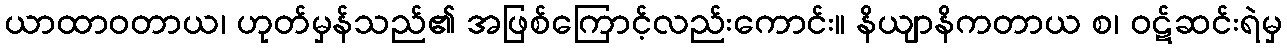
ယာထာဝတာယ၊ ဟုတ်မှန်သည်၏ အဖြစ်ကြောင့်လည်းကောင်း။ နိယျာနိကတာယ စ၊ ဝဋ်ဆင်းရဲမှ